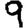
Digit: 9